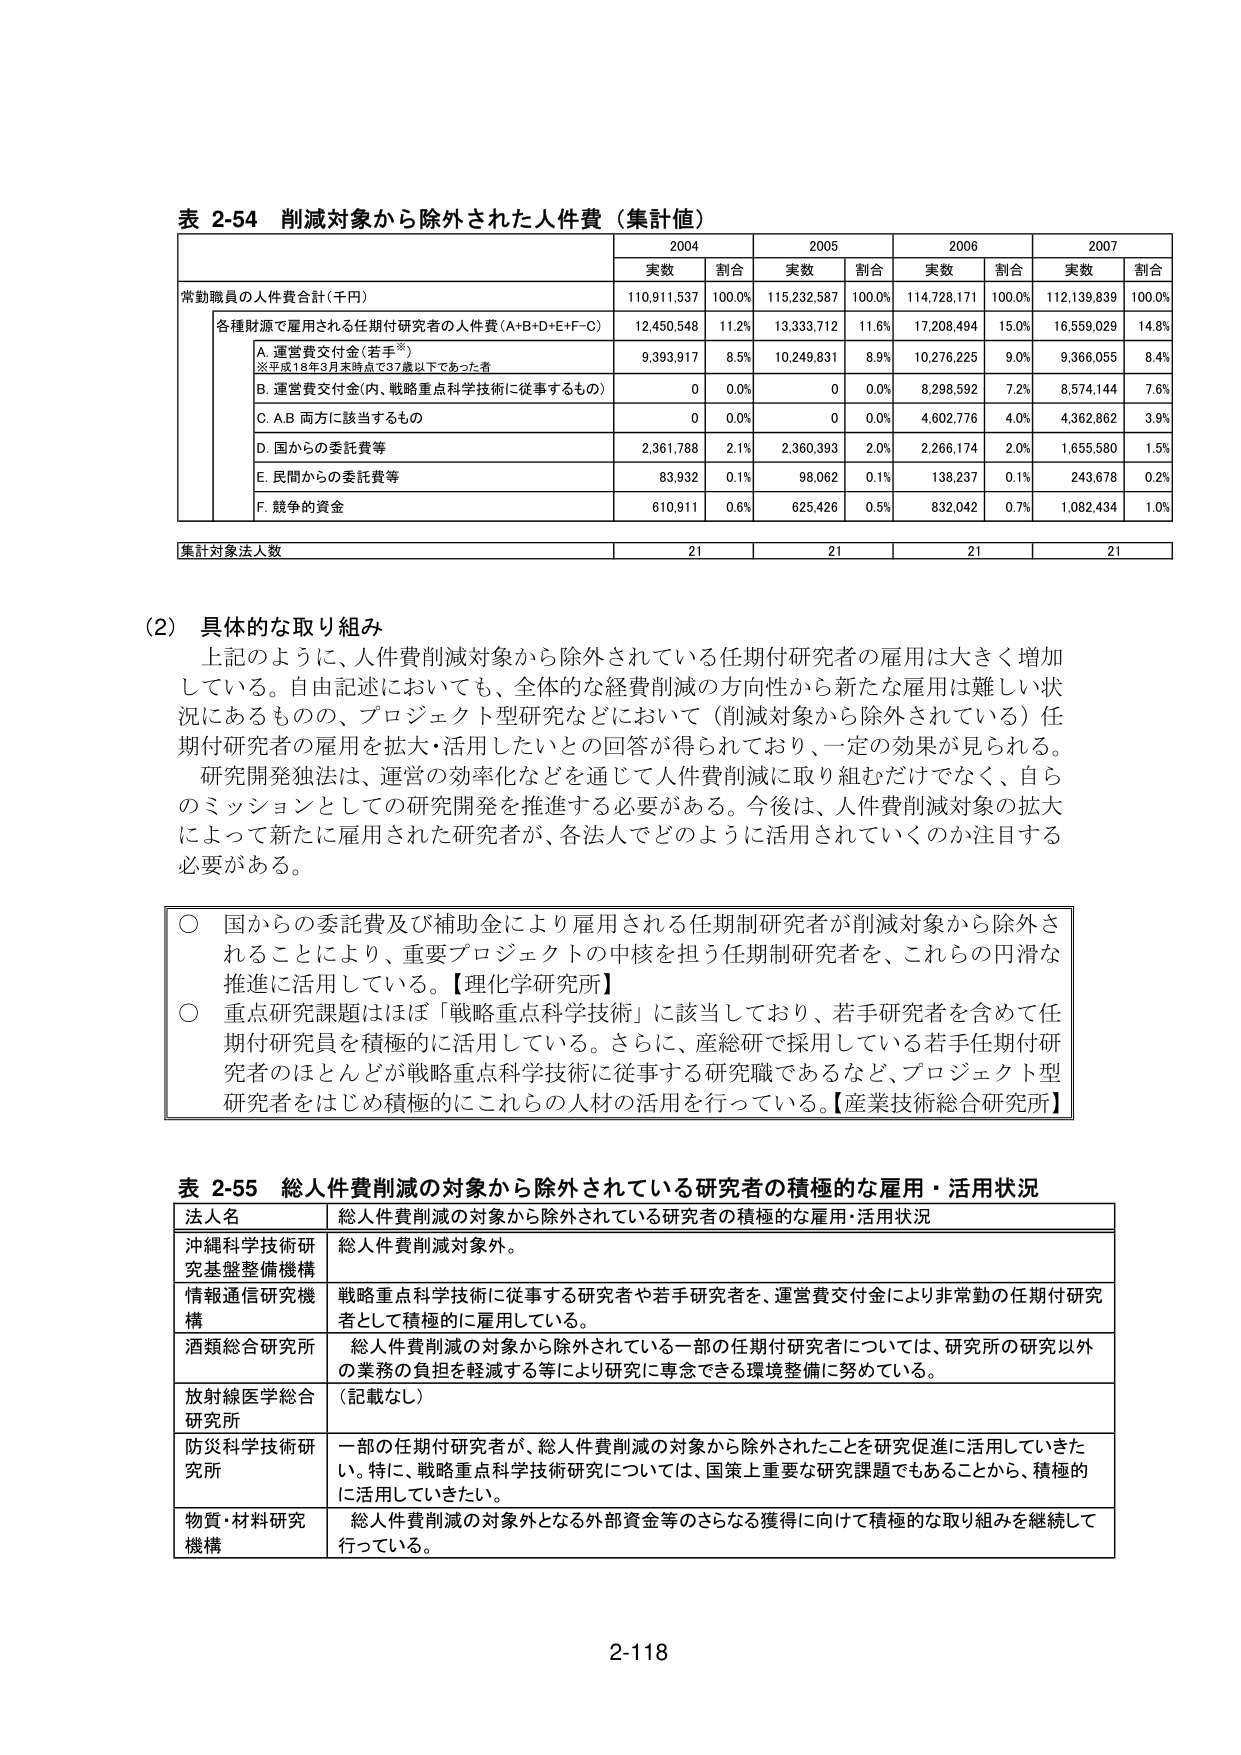
表 2-54 削減対象から除外された人件費（集計値）

2004 2005 2006 2007
実数 割合 実数 割合 実数 割合 実数 割合
常勤職員の人件費合計（千円） 110,911,537 100.0% 115,232,587 100.0% 114,728,171 100.0% 112,139,839 100.0%
各種財源で雇用される任期付研究者の人件費（A+B+D+E+F-C） 12,450,548 11.2% 13,333,712 11.6% 17,208,494 15.0% 16,559,029 14.8%
　A. 運営費交付金（若手※） 9,393,917 8.5% 10,249,831 8.9% 10,276,225 9.0% 9,366,055 8.4%
　※平成18年3月末時点で37歳以下であった者
　B. 運営費交付金（内、戦略重点科学技術に従事するもの） 0 0.0% 0 0.0% 8,298,592 7.2% 8,574,144 7.6%
　C. A,B 両方に該当するもの 0 0.0% 0 0.0% 4,602,776 4.0% 4,362,862 3.9%
　D. 国からの委託費等 2,361,788 2.1% 2,360,393 2.0% 2,266,174 2.0% 1,655,580 1.5%
　E. 民間からの委託費等 83,932 0.1% 98,062 0.1% 138,237 0.1% 243,678 0.2%
　F. 競争的資金 610,911 0.6% 625,426 0.5% 832,042 0.7% 1,082,434 1.0%
集計対象法人数 21 21 21 21

(2) 具体的な取り組み
上記のように、人件費削減対象から除外されている任期付研究者の雇用は大きく増加している。自由記述においても、全体的な経費削減の方向性から新たな雇用は難しい状況にあるものの、プロジェクト型研究などにおいて（削減対象から除外されている）任期付研究者の雇用を拡大・活用したいとの回答が得られており、一定の効果が見られる。
研究開発独法は、運営の効率化などを通じて人件費削減に取り組むだけでなく、自らのミッションとしての研究開発を推進する必要がある。今後は、人件費削減対象の拡大によって新たに雇用された研究者が、各法人でどのように活用されていくのか注目する必要がある。

○ 国からの委託費及び補助金により雇用される任期制研究者が削減対象から除外されることにより、重要プロジェクトの中核を担う任期制研究者を、これらの円滑な推進に活用している。【理化学研究所】
○ 重点研究課題はほぼ「戦略重点科学技術」に該当しており、若手研究者を含めて任期付研究員を積極的に活用している。さらに、産総研で採用している若手任期付研究者のほとんどが戦略重点科学技術に従事する研究職であるなど、プロジェクト型研究者をはじめ積極的にこれらの人材の活用を行っている。【産業技術総合研究所】

表 2-55 総人件費削減の対象から除外されている研究者の積極的な雇用・活用状況
法人名 総人件費削減の対象から除外されている研究者の積極的な雇用・活用状況
沖縄科学技術研究基盤整備機構 総人件費削減対象外。
情報通信研究機構 戦略重点科学技術に従事する研究者や若手研究者を、運営費交付金により非常勤の任期付研究者として積極的に雇用している。
酒類総合研究所 総人件費削減の対象から除外されている一部の任期付研究者については、研究所の研究以外の業務の負担を軽減する等により研究に専念できる環境整備に努めている。
放射線医学総合研究所 （記載なし）
防災科学技術研究所 一部の任期付研究者が、総人件費削減の対象から除外されたことを研究促進に活用していきたい。特に、戦略重点科学技術研究については、国策上重要な研究課題でもあることから、積極的に活用していきたい。
物質・材料研究機構 総人件費削減の対象外となる外部資金等のさらなる獲得に向けて積極的な取り組みを継続して行っている。

2-118